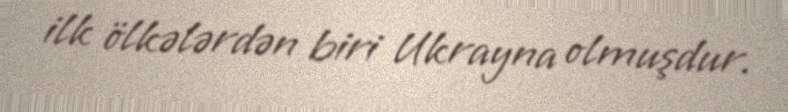
ilk ölkələrdən biri Ukrayna olmuşdur.